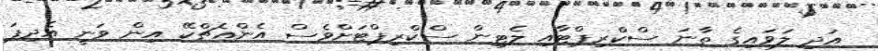
އަދި ލަވައިގެ ތާނަ ސްކްރިޕްޓާއި ލެޓިން ސްކްރިޕްޓަށްވެސް އެންއެޗްކޭ އިން ވަނީ އެދިފަ